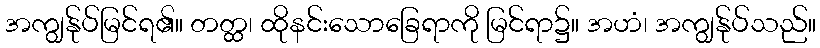
အကျွန်ုပ်မြင်ရ၏။ တတ္ထ၊ ထိုနင်းသောခြေရာကို မြင်ရာ၌။ အဟံ၊ အကျွန်ုပ်သည်။